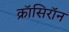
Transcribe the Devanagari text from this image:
क्रॉसिरॉन